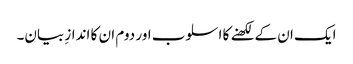
ایک ان کے لکھنے کا اسلوب اور دوم ان کا اندازِ بیان۔